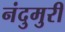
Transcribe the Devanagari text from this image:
नंदुमुरी